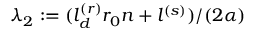
\lambda _ { 2 } : = ( l _ { d } ^ { ( r ) } r _ { 0 } n + l ^ { ( s ) } ) / ( 2 \alpha )